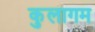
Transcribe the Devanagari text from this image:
कुलागम